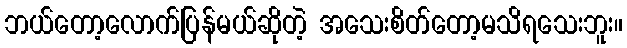
ဘယ်တော့လောက်ပြန်မယ်ဆိုတဲ့ အသေးစိတ်တော့မသိရသေးဘူး။